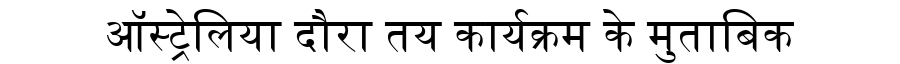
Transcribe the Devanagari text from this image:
ऑस्ट्रेलिया दौरा तय कार्यक्रम के मुताबिक